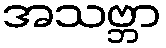
အသဗ္ဘာ